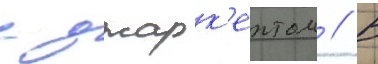
с джарк'ентом // В